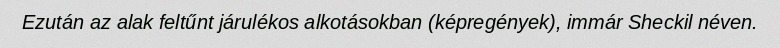
Ezután az alak feltűnt járulékos alkotásokban (képregények), immár Sheckil néven.